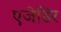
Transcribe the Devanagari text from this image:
एजेडिर